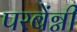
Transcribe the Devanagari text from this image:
परबेंग्नी